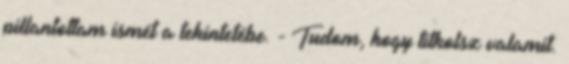
pillantottam ismét a tekintetébe. - Tudom, hogy titkolsz valamit.